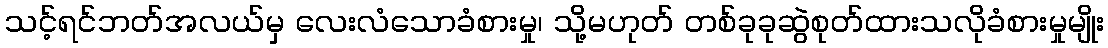
သင့်ရင်ဘတ်အလယ်မှ လေးလံသောခံစားမှု၊ သို့မဟုတ် တစ်ခုခုဆွဲစုတ်ထားသလိုခံစားမှုမျိုး